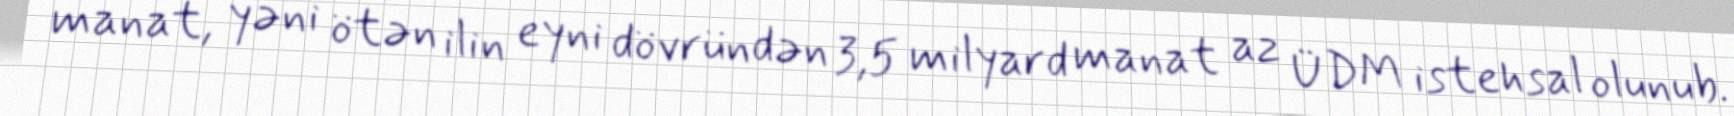
manat, yəni ötən ilin eyni dövründən 3,5 milyard manat az ÜDM istehsal olunub.